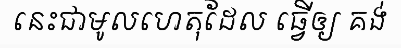
នេះជាមូលហេតុដែល ធ្វើឲ្យ គង់